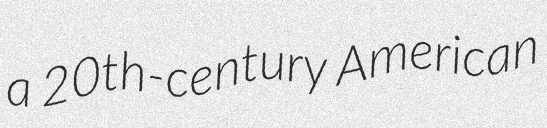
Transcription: a 20th-century American